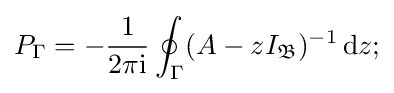
P_{\Gamma }=-{\frac {1}{2\pi \mathrm {i} }}\oint _{\Gamma }(A-zI_{\mathfrak {B}})^{-1}\,\mathrm {d} z;